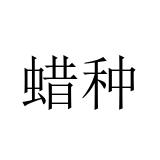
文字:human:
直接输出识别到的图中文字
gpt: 蜡种